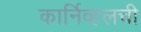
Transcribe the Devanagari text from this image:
कार्निव्हलची